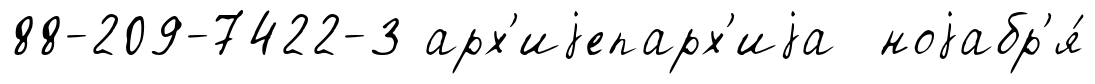
88-209-7422-3 арх'иjепарх'иjа ноjабр'я́